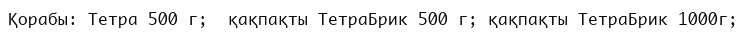
Қорабы: Тетра 500 г;  қақпақты ТетраБрик 500 г; қақпақты ТетраБрик 1000г;